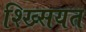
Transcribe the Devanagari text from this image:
श्ख्सियत